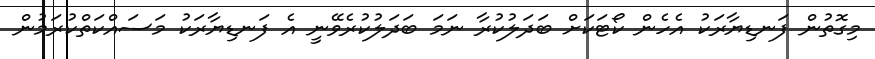
މިގޮތުން ފަނޑިޔާރަކު އެހެން ކޯޓަކަށް ބަދަލުކުރާ ނަމަ ބަދަލުކުރެވޭނީ އެ ފަނޑިޔާރަކު މަސައްކަތްކުރަމުން